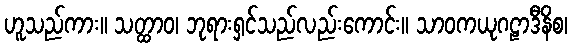
ဟူသည်ကား။ သတ္ထာဝ၊ ဘုရားရှင်သည်လည်းကောင်း။ သာဝကယုဂဠာဒီနိစ၊